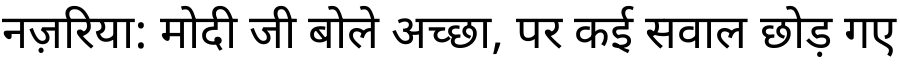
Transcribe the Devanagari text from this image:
नज़रिया: मोदी जी बोले अच्छा, पर कई सवाल छोड़ गए